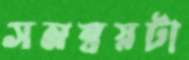
সমন্বয়টা